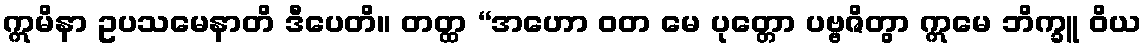
ဣမိနာ ဥပသမေနာတိ ဒီပေတိ။ တတ္ထ “အဟော ဝတ မေ ပုတ္တော ပဗ္ဗဇိတွာ ဣမေ ဘိက္ခူ ဝိယ